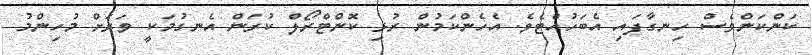
ކަންކަންވެސް ހިނގާފައި އެބަހުއްޓެވެ. އެހެންކަމުން ރުޅި ކޮންޓްރޯލް ކުރަން އެނގުމަކީ ވަރަށް މުހިންމު